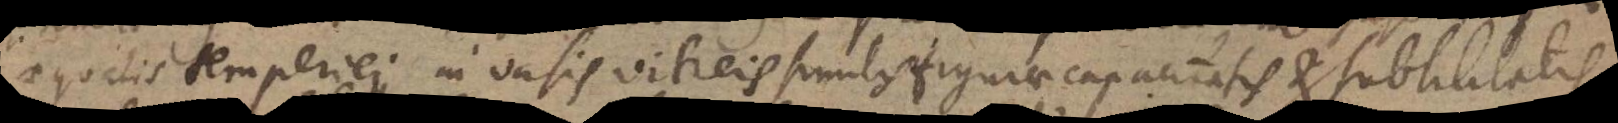
aequalis temperiei in vasis vitreis similis figurae capacitatis et subtilitatis,